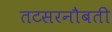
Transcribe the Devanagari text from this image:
तटसरनौबती